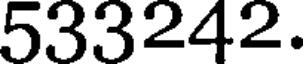
533242.